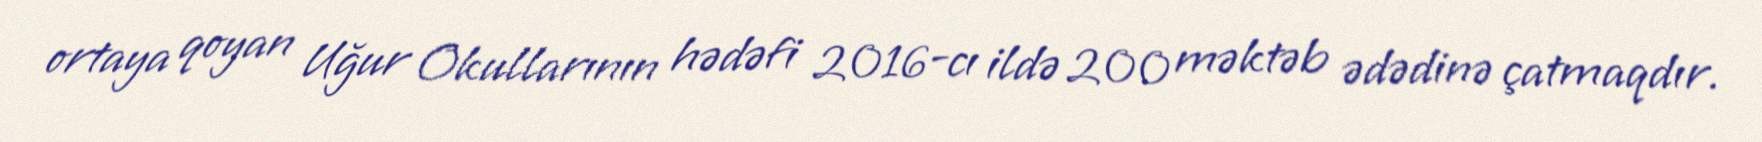
ortaya qoyan Uğur Okullarının hədəfi 2016-cı ildə 200 məktəb ədədinə çatmaqdır.